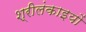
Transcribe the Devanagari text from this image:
श्रीलंकाइयों